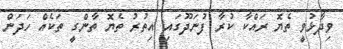
ވިދާޅުވީ ތެޔޮ ރައްކާ ކުރާ ފުނަދޫގައި އިތުރު ތެޔޮ ތާންގީ ތަކެއް ހަދަން